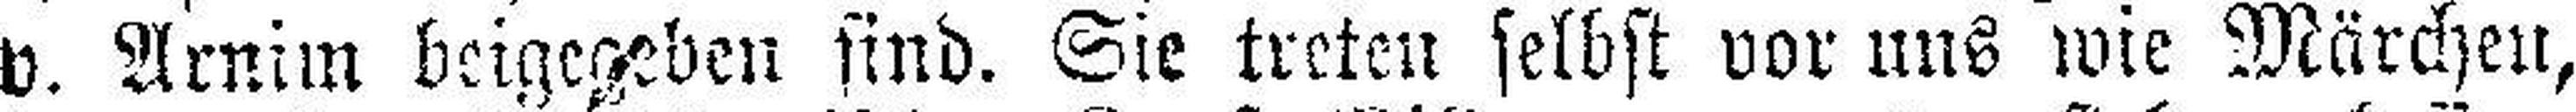
v. Arnim beigegeben sind. Sie treten selbst vor uns wie Märchen,